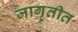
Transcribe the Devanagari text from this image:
जागृतीत